Vaccine operations Central Provinces 1886-1899 - 1886-1899
Year: 1886
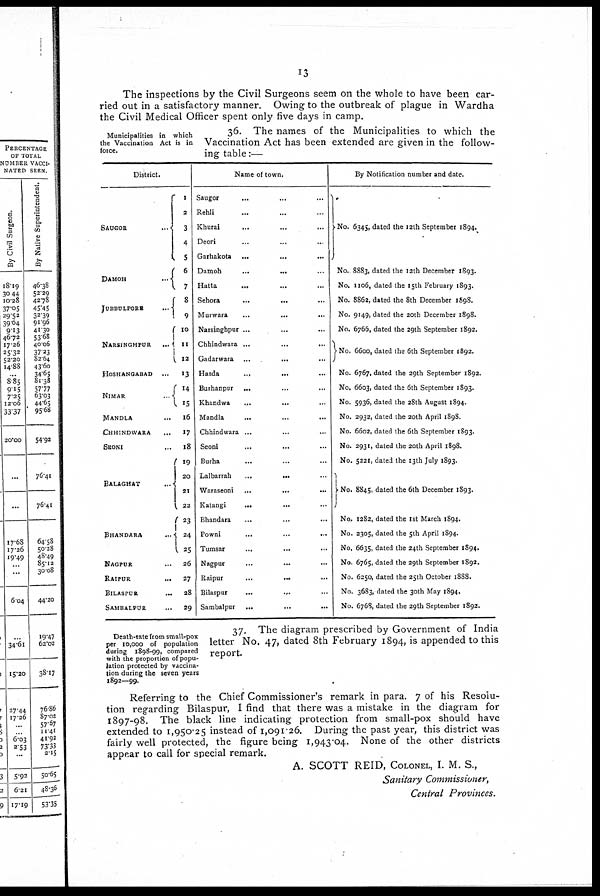
13
The inspections by the Civil Surgeons seem on the whole to have been car-
ried out in a satisfactory manner. Owing to the outbreak of plague in Wardha
the Civil Medical Officer spent only five days in camp.
Municipalities in which
the Vaccination Act is in
force.
36. The names of the Municipalities to which the
Vaccination Act has been extended are given in the follow-
ing table:—
District.
SAUGOR ...
DAMOH
...
JUBBULPORE
...
NARSINGHPUR ...
HOSHANGABAD
...
NIMAR ...
MANDLA ...
CHHINDWARA
...
SEONI ...
BALAGHAT ...
BHANDARA ...
NAGPUR ...
RAIPUR
...
BILASPUR ...
SAMBALPUR ...
1
2
3
4
5
6
7
8
9
10
11
12
13
14
15
16
17
18
19
20
21
22
23
24
25
26
27
28
29
Name of town.
Saugor ... ... ...
Rehli ... ... ...
Khurai ... ... ...
Deori ... ... ...
Garhakota ... ... ...
Damoh
...
...
...
Hatta ... ... ...
Sehora ... ... ...
Murwara ... ... ...
Narsinghpur ... ... ...
Chhindwara ... ... ...
Gadarwara
...
...
...
Harda
...
...
...
Burhanpur ... ... ...
Khandwa
...
...
...
Mandla
...
...
...
Chhindwara ... ... ...
Seoni
...
...
...
Burha ... ... ...
Lalbarrah
...
...
...
Waraseoni
...
...
...
Katangi
...
...
...
Bhandara ... ... ...
Powni
...
...
...
Tumsar ... ... ...
Nagpur ... ... ...
Raipur
...
...
...
Bilaspur
...
...
Sambalpur ... ... ...
By Notification number and date.
No. 6345, dated the 12th September 1894.
No. 8883, dated the 12th December 1893.
No. 1106, dated the 15th February 1893.
No. 8862, dated the 8th December 1898.
No. 9149, dated the 20th December 1898.
No. 6766, dated the 29th September 1892.
No. 6600, dated the 6th September 1892.
No. 6767, dated the 29th September 1892.
No. 6603, dated the 6th September 1893.
No. 5936, dated the 28th August 1894.
No. 2932, dated the 20th April 1898
No. 6602, dated the 6th September 1893.
No. 2931, dated the 20th April 1898.
No. 5221, dated the 13th July 1893.
No. 8845, dated the 6th December 1893.
No. 1282, dated the 1st March 1894.
No. 2305, dated the 5th April 1894.
No, 6635, dated the 24th September 1894.
No. 6765, dated the 29th September 1892.
No. 6250, dated the 25th October 1888.
No. 3683, dated the 30th May 1894.
No. 6768, dated the 29th September 1892.
Death-rate from small-pox
per 10,000 of population
during 1898-99, compared
with the proportion of popu-
lation protected by vaccina-
tion during the seven years
1892—99.
37. The diagram prescribed by Government of India
letter No. 47, dated 8th February 1894,is appended to this
report.
Referring to the Chief Commissioner's remark in para. 7 of his Resolu-
tion regarding Bilaspur, I find that there was a mistake in the diagram for
1897-98. The black line indicating protection from small-pox should have
extended to 1,950.25 instead of 1,091.26. During the past year, this district was
fairly well protected, the figure being 1,943.04. None of the other districts
appear to call for special remark.
A. SCOTT REID, COLONEL, I. M. S.,
Sanitary Commissioner,
Central Provinces.